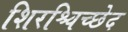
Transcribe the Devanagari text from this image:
शिरश्चिच्छेद